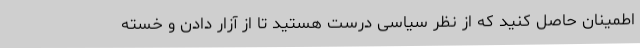
اطمینان حاصل کنید که از نظر سیاسی درست هستید تا از آزار دادن و خسته